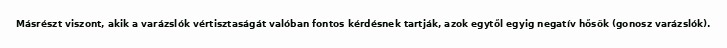
Másrészt viszont, akik a varázslók vértisztaságát valóban fontos kérdésnek tartják, azok egytől egyig negatív hősök (gonosz varázslók).